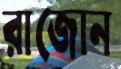
রাজোন